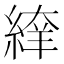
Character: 𦂡